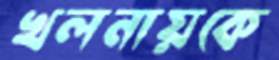
খলনায়কে